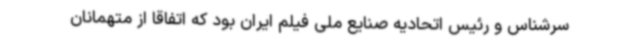
سرشناس و رئیس اتحادیه صنایع ملی فیلم ایران بود که اتفاقا از متهمانان